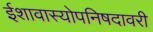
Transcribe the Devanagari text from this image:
ईशावास्योपनिषदावरी